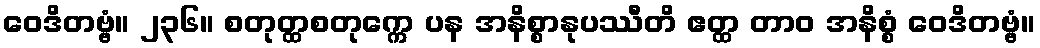
ဝေဒိတဗ္ဗံ။ ၂၃၆။ စတုတ္ထစတုက္ကေ ပန အနိစ္စာနုပဿီတိ ဧတ္ထ တာဝ အနိစ္စံ ဝေဒိတဗ္ဗံ။